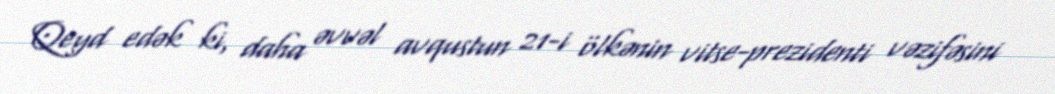
Qeyd edək ki, daha əvvəl avqustun 21-i ölkənin vitse-prezidenti vəzifəsini